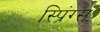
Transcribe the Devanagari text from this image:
स्प्रिंग्‍स